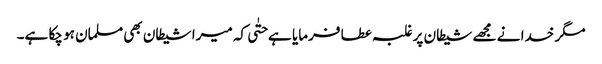
مگر خدا نے مجھے شیطان پر غلبہ عطا فرمایا ہے حتٰی کہ میرا شیطان بھی مسلمان ہو چکا ہے۔